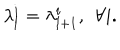
LaTeX: \lambda _ { l } ^ { i } = \lambda _ { l + 1 } ^ { i } , \: \: \forall i .